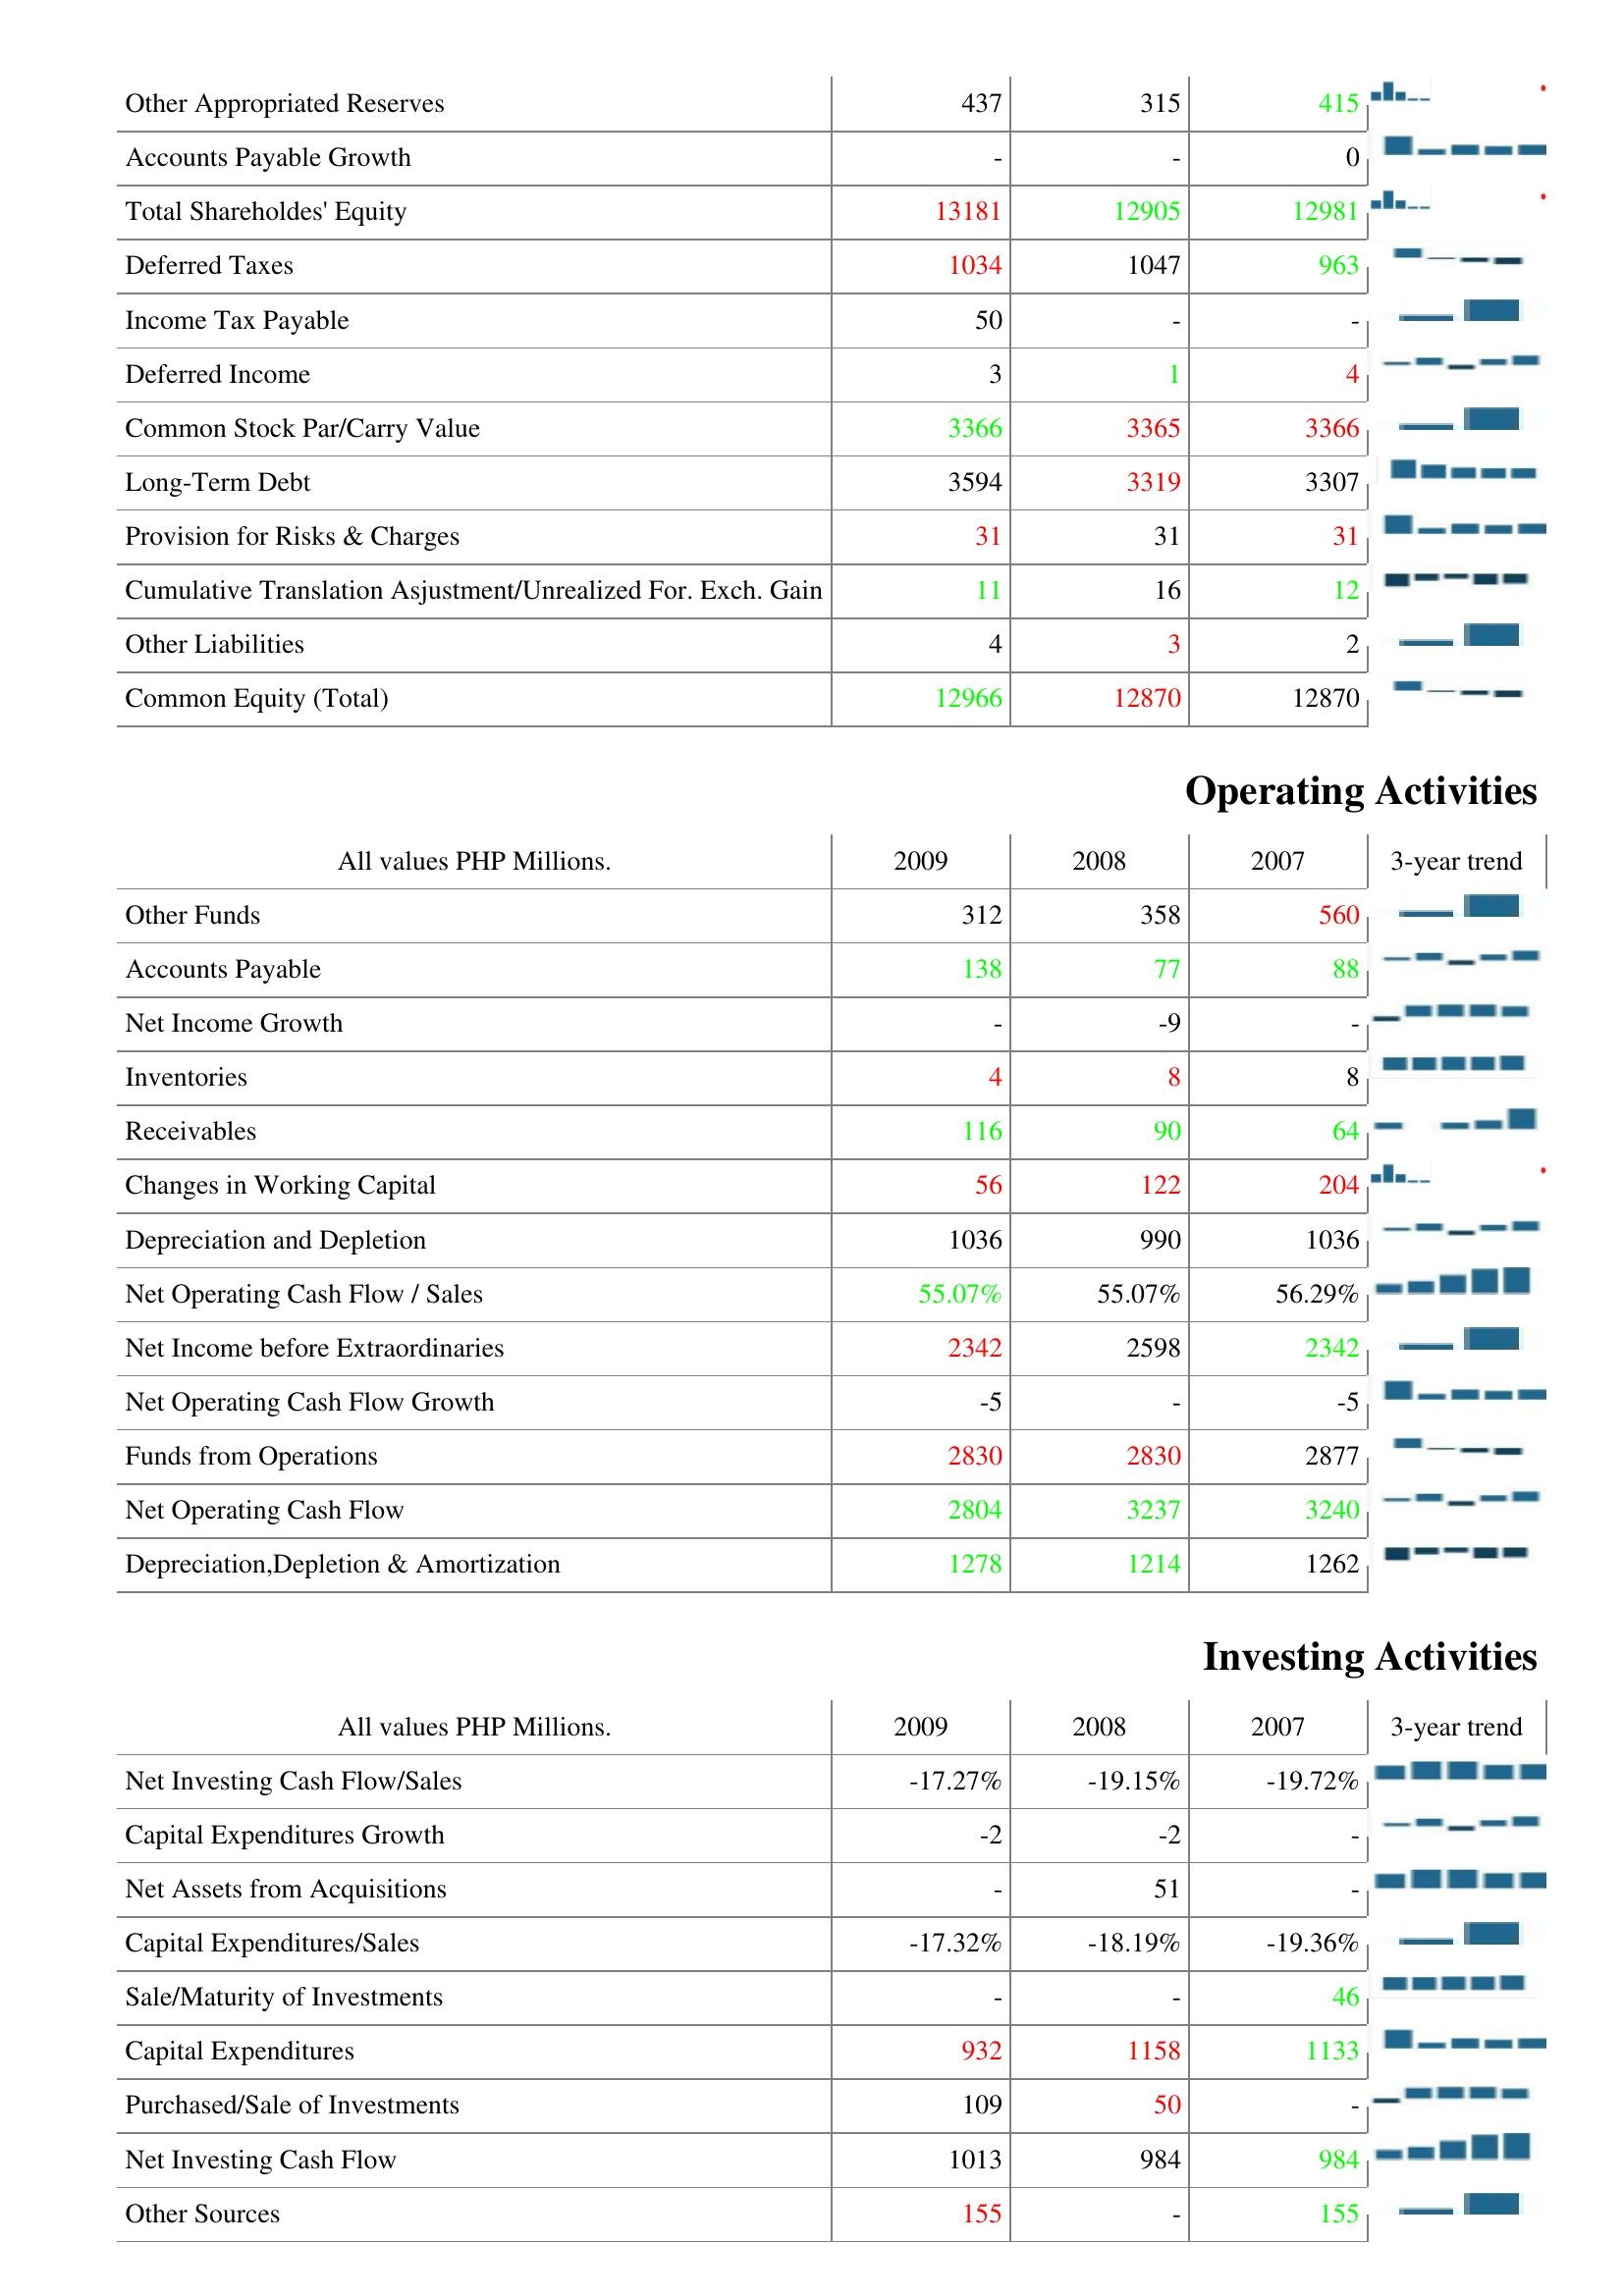
2009: Liabilities & Shareholder's Equity: Other Appropriated Reserves: 437
Accounts Payable Growth: -
Total Shareholdes' Equity: 13181
Deferred Taxes: 1034
Income Tax Payable: 50
Deferred Income: 3
Common Stock Par/Carry Value: 3366
Long-Term Debt: 3594
Provision for Risks & Charges: 31
Cumulative Translation Asjustment/Unrealized For. Exch. Gain: 11
Other Liabilities: 4
Common Equity (Total): 12966
Operating Activities: Other Funds: 312
Accounts Payable: 138
Net Income Growth: -
Inventories: 4
Receivables: 116
Changes in Working Capital: 56
Depreciation and Depletion: 1036
Net Operating Cash Flow / Sales: 55.07%
Net Income before Extraordinaries: 2342
Net Operating Cash Flow Growth: -5
Funds from Operations: 2830
Net Operating Cash Flow: 2804
Depreciation,Depletion & Amortization: 1278
Investing Activities: Net Investing Cash Flow/Sales: -17.27%
Capital Expenditures Growth: -2
Net Assets from Acquisitions: -
Capital Expenditures/Sales: -17.32%
Sale/Maturity of Investments: -
Capital Expenditures: 932
Purchased/Sale of Investments: 109
Net Investing Cash Flow: 1013
Other Sources: 155
2008: Liabilities & Shareholder's Equity: Other Appropriated Reserves: 315
Accounts Payable Growth: -
Total Shareholdes' Equity: 12905
Deferred Taxes: 1047
Income Tax Payable: -
Deferred Income: 1
Common Stock Par/Carry Value: 3365
Long-Term Debt: 3319
Provision for Risks & Charges: 31
Cumulative Translation Asjustment/Unrealized For. Exch. Gain: 16
Other Liabilities: 3
Common Equity (Total): 12870
Operating Activities: Other Funds: 358
Accounts Payable: 77
Net Income Growth: -9
Inventories: 8
Receivables: 90
Changes in Working Capital: 122
Depreciation and Depletion: 990
Net Operating Cash Flow / Sales: 55.07%
Net Income before Extraordinaries: 2598
Net Operating Cash Flow Growth: -
Funds from Operations: 2830
Net Operating Cash Flow: 3237
Depreciation,Depletion & Amortization: 1214
Investing Activities: Net Investing Cash Flow/Sales: -19.15%
Capital Expenditures Growth: -2
Net Assets from Acquisitions: 51
Capital Expenditures/Sales: -18.19%
Sale/Maturity of Investments: -
Capital Expenditures: 1158
Purchased/Sale of Investments: 50
Net Investing Cash Flow: 984
Other Sources: -
2007: Liabilities & Shareholder's Equity: Other Appropriated Reserves: 415
Accounts Payable Growth: 0
Total Shareholdes' Equity: 12981
Deferred Taxes: 963
Income Tax Payable: -
Deferred Income: 4
Common Stock Par/Carry Value: 3366
Long-Term Debt: 3307
Provision for Risks & Charges: 31
Cumulative Translation Asjustment/Unrealized For. Exch. Gain: 12
Other Liabilities: 2
Common Equity (Total): 12870
Operating Activities: Other Funds: 560
Accounts Payable: 88
Net Income Growth: -
Inventories: 8
Receivables: 64
Changes in Working Capital: 204
Depreciation and Depletion: 1036
Net Operating Cash Flow / Sales: 56.29%
Net Income before Extraordinaries: 2342
Net Operating Cash Flow Growth: -5
Funds from Operations: 2877
Net Operating Cash Flow: 3240
Depreciation,Depletion & Amortization: 1262
Investing Activities: Net Investing Cash Flow/Sales: -19.72%
Capital Expenditures Growth: -
Net Assets from Acquisitions: -
Capital Expenditures/Sales: -19.36%
Sale/Maturity of Investments: 46
Capital Expenditures: 1133
Purchased/Sale of Investments: -
Net Investing Cash Flow: 984
Other Sources: 155